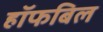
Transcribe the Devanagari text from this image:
हॉफबिल